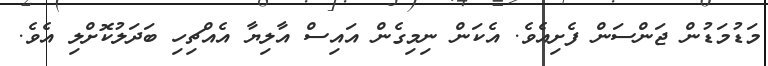
މަޑުމަޑުން ޖަންސަން ފެށިއެވެ. އެކަން ނިމިގެން އައިސް އާލިޔާ އެއްޗިހި ބަދަލުކޮށްލި އެވެ.